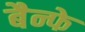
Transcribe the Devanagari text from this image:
बैन्फे